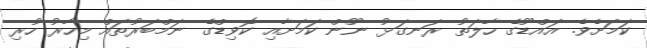
ކަމަށެވެ. އައްޑޫގެ ހާލަތު ރަނގަޅު ނޫން ކަމަށާއި ކޮވިޑްގެ ނަމްބަރުތައް މިހާރު ހުރި